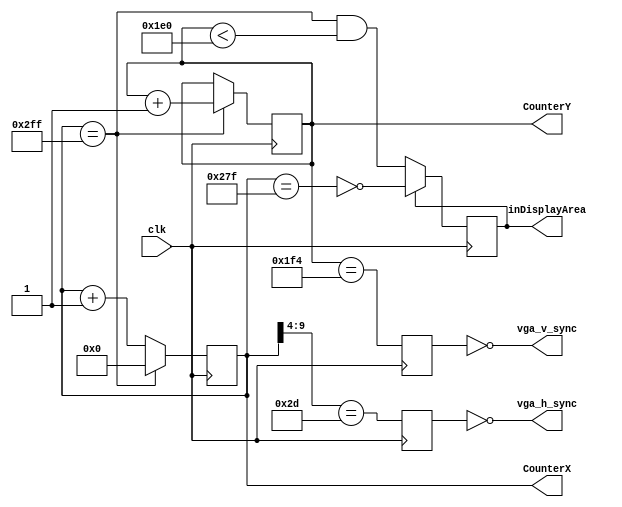
module hvsync_generator(clk, vga_h_sync, vga_v_sync, inDisplayArea, CounterX, CounterY);

input clk;
output vga_h_sync, vga_v_sync;
output inDisplayArea;
output [9:0] CounterX;
output [8:0] CounterY;

//////////////////////////////////////////////////
reg [9:0] CounterX;
reg [8:0] CounterY;
wire CounterXmaxed = (CounterX==10'h2FF);

always @(posedge clk)
if(CounterXmaxed)
	CounterX <= 0;
else
	CounterX <= CounterX + 1;

always @(posedge clk)
if(CounterXmaxed) CounterY <= CounterY + 1;

reg	vga_HS, vga_VS;
always @(posedge clk)
begin
	vga_HS <= (CounterX[9:4]==6'h2D); // change this value to move the display horizontally
	vga_VS <= (CounterY==500); // change this value to move the display vertically
end

reg inDisplayArea;
always @(posedge clk)
if(inDisplayArea==0)
	inDisplayArea <= (CounterXmaxed) && (CounterY<480);
else
	inDisplayArea <= !(CounterX==639);
	
assign vga_h_sync = ~vga_HS;
assign vga_v_sync = ~vga_VS;

endmodule